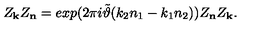
Z _ { \bf k } Z _ { \bf n } = e x p ( 2 \pi i \tilde { \vartheta } ( k _ { 2 } n _ { 1 } - k _ { 1 } n _ { 2 } ) ) Z _ { \bf n } Z _ { \bf k } .